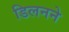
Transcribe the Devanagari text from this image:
डिलनने